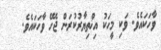
ވާހަކައެވެ. ވަކި މީހަކު އިޚްތިޔާރުކުރަން ޖެހޭ ވާހަކައެވެ.